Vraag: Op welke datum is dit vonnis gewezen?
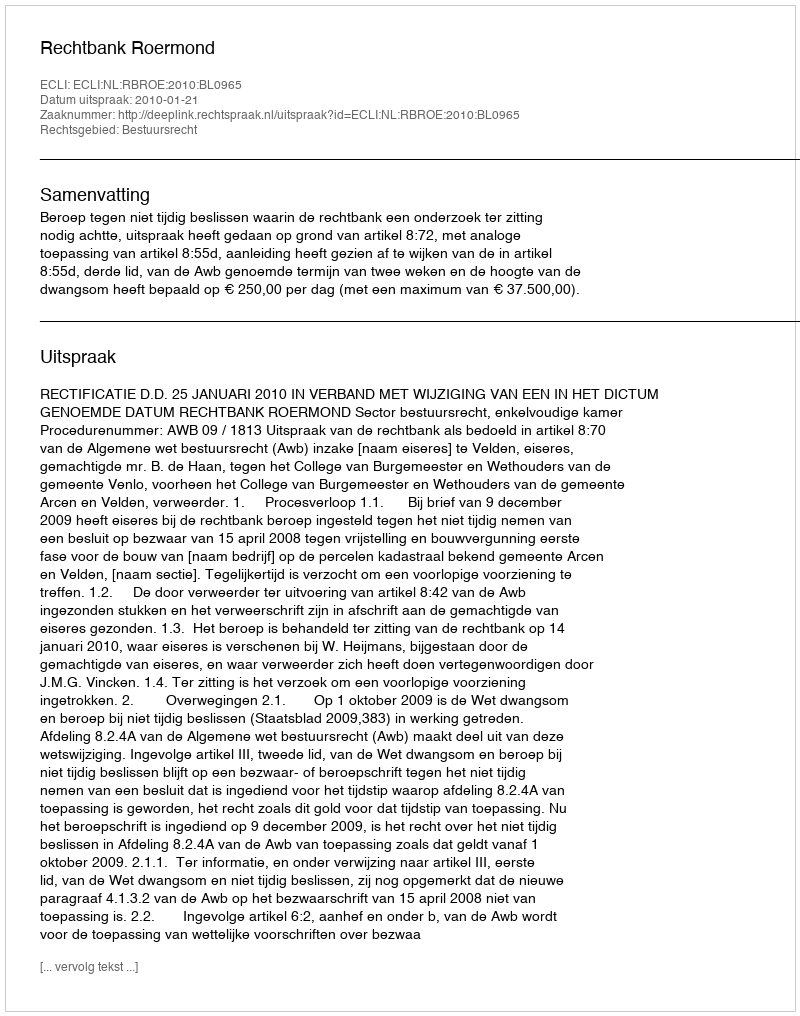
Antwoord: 2010-01-21